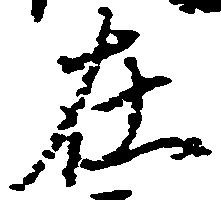
在